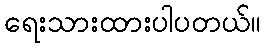
ရေးသားထားပါပတယ်။